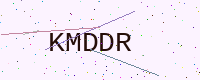
Text: KMDDR